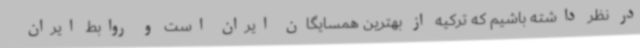
در نظر داشته باشیم که ترکیه از بهترین همسایگان ایران است و روابط ایران